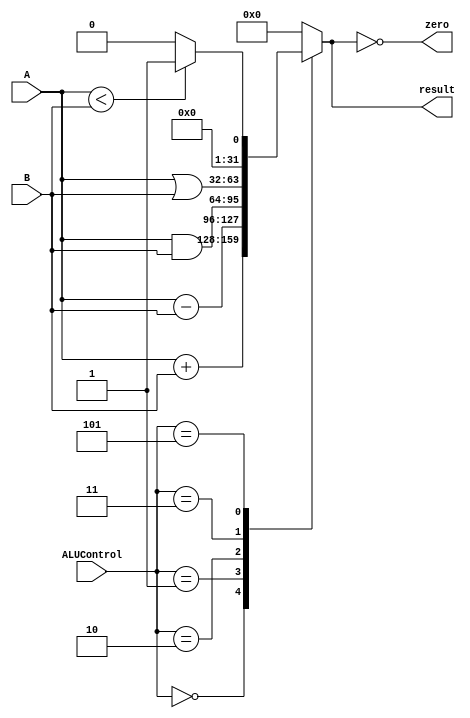
module ALU 
(
    input  wire         [2 :0]    ALUControl  ,
    input  wire signed  [31:0]    A           ,
    input  wire signed  [31:0]    B           ,

    output reg  signed  [31:0]    result      ,
    output wire                   zero   
);

always @(*) 
begin
    case(ALUControl)
    3'b000  : result = A + B ;
    3'b001  : result = A - B ;
    3'b010  : result = A & B ;
    3'b011  : result = A | B ;
    3'b101  : begin
        if (A < B )
            result = 32'b1 ;
        else
            result = 32'b0 ;
    end
    default : result = 32'b0 ;
    endcase
end

assign zero = (result == 32'b0) ;

endmodule